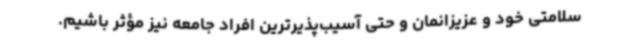
سلامتی خود و عزیزانمان و حتی آسیب‌پذیرترین افراد جامعه نیز مؤثر باشیم.